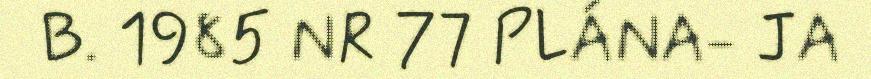
B. 1985 NR 77 PLÁNA- JA